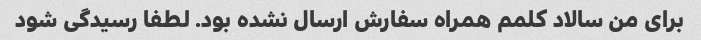
برای من سالاد کلمم همراه سفارش ارسال نشده بود. لطفا رسیدگی شود